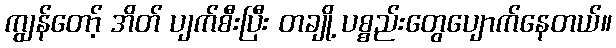
ကျွန်တော့် အိတ် ပျက်စီးပြီး တချို့ ပစ္စည်းတွေပျောက်နေတယ်။